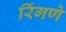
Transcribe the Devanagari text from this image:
रिंगणे